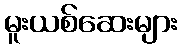
မူးယစ်ဆေးများ